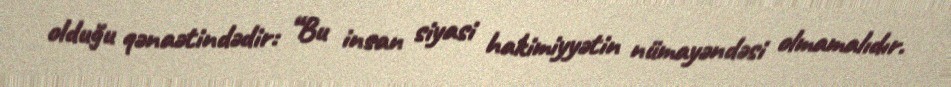
olduğu qənaətindədir: “Bu insan siyasi hakimiyyətin nümayəndəsi olmamalıdır.